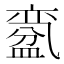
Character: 𱲗